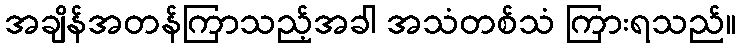
အချိန်အတန်ကြာသည့်အခါ အသံတစ်သံ ကြားရသည်။